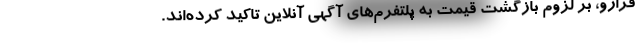
فرارو، بر لزوم بازگشت قیمت به پلتفرم‌های آگهی آنلاین تاکید کرده‌اند.